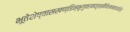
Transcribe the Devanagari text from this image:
भूतेशेष्वासखण्डिन्भृगुवरमदहृन्मैथिलानन्दकारिन्